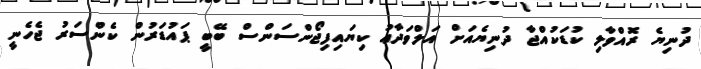
ދުނިޔެ ރޮއްވާލި ކުޑަކުއްޖާ ދުނިޔެއަށް އަލްވަދާޢު ކިޔައިފިޖޯންސަންސް ބޭބީ ޕައުޑަރުން ކެންސަރު ޖެހެނީ